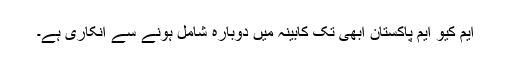
ایم کیو ایم پاکستان ابھی تک کابینہ میں دوبارہ شامل ہونے سے انکاری ہے۔